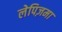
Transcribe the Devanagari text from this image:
लेपिज़मा